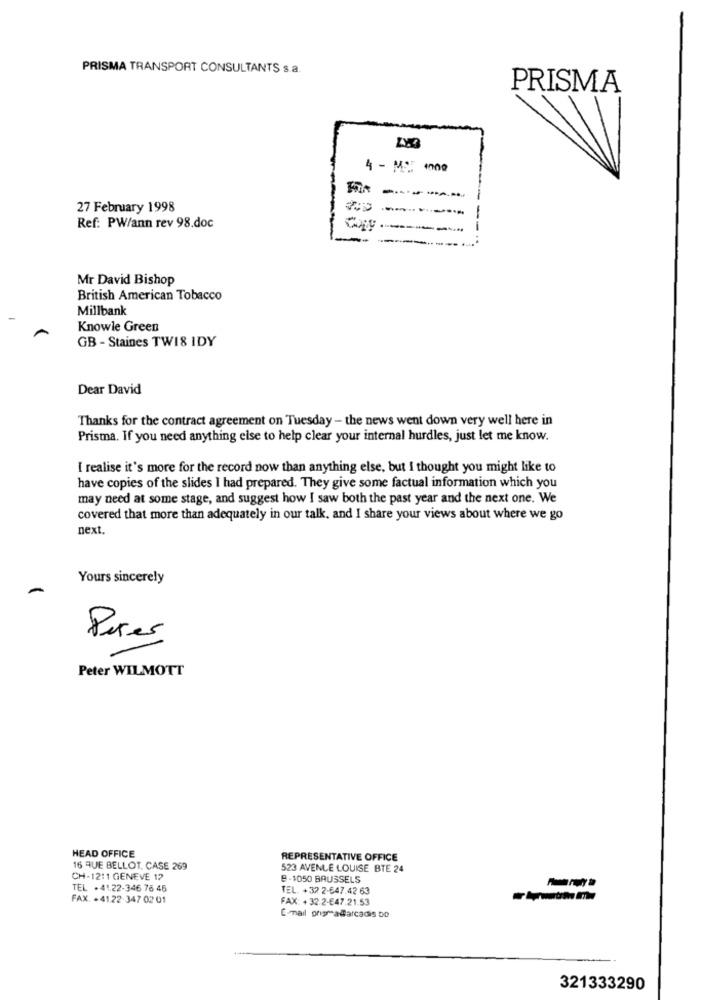
PRISMA TRANSPORT CONSULTANTS s.a.
PRISMA
4 - MS 1000
BIR ----
27 February 1998
-----
Ref: PW/ann rev 98.doc
---
Mr David Bishop
British American Tobacco
Millbank
Knowle Green
GB - Staines TW18 IDY
Dear David
Thanks for the contract agreement on Tuesday - the news went down very well here in
Prisma. If you need anything else to help clear your internal hurdles, just let me know.
I realise it's more for the record now than anything else, but I thought you might like to
have copies of the slides I had prepared. They give some factual information which you
may need at some stage, and suggest how I saw both the past year and the next one. We
covered that more than adequately in our talk, and I share your views about where we go
next.
Yours sincerely
-
Peter
Peter WILMOTT
HEAD OFFICE
REPRESENTATIVE OFFICE
16 RUE BELLOT, CASE 269
523 AVENUE LOUISE BTE 24
CH-12:1 GENEVE 12
8 -1050 BRUSSELS
TEL . 41.22-346 76 45
TEL. +32 2-647.42 63
FAX. +41.22-347 02 01
FAX: +32.2-€47.21.53
E-mail prigra@arcadis bo
321333290